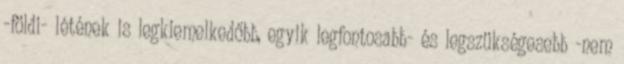
-földi- létének is legkiemelkedőbb, egyik legfontosabb- és legszükségesebb -nem